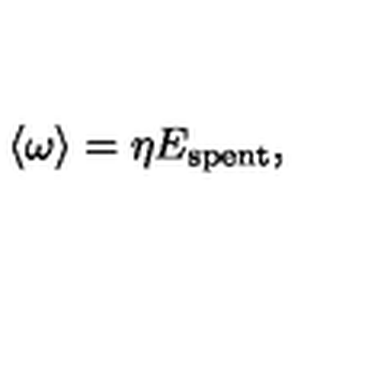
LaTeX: \langle \omega \rangle = \eta E _ { \mathrm { s p e n t } } ,